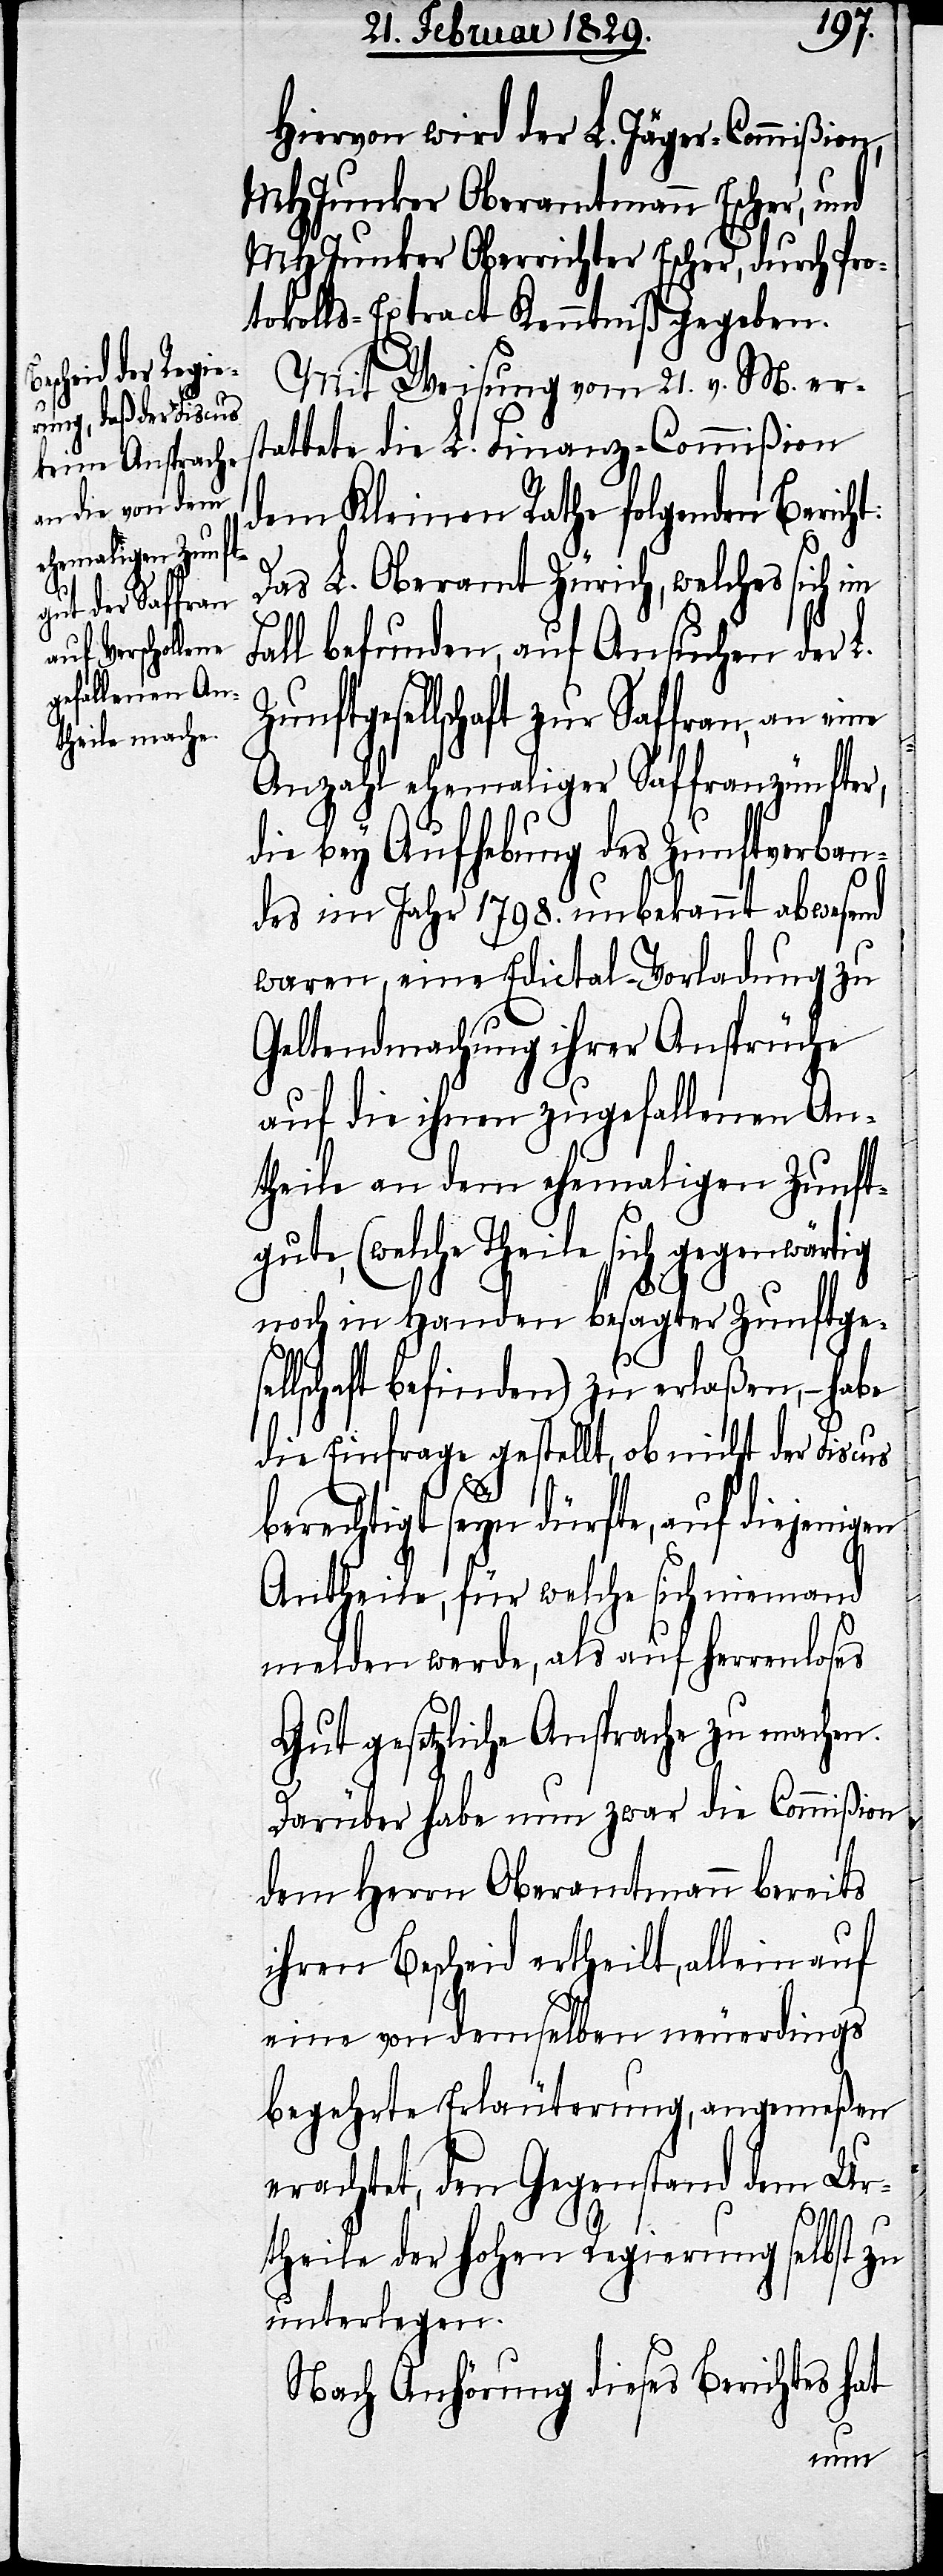
Hiervon wird der L. Jäger-Commißion,
MHJunker Oberamtmann Escher, und
MHJunker Oberrichter Escher, durch Pro¬
tokolls-Extract Kenntniß gegeben.
Mit Weisung vom 21. v. M. er¬
stattete die L. Finanz-Commißion
dem Kleinen Rathe folgenden Bericht:
Das L. Oberamt Zürich, welches sich im
Fall befunden, auf Ansuchen der L.
Zunftgesellschaft zur Saffran, an eine
Anzahl ehemaliger Saffranzünfter,
die bey Aufhebung des Zunftverban¬
des im Jahr 1798. unbekannt abwesend
waren, eine Edictal-Vorladung zu
Geltendmachung ihrer Ansprüche
auf die ihnen zugefallenen An¬
theile an dem ehemaligen Zunft¬
(welche Theile sich gegenwärtig
noch in Handen besagter Zunftgese¬
llschaft befinden) zu erlaßen, – habe
die Einfrage gestellt, ob nicht der Fiscus
berechtigt seyn dürfte, auf diejenigen
Antheile, für welche sich niemand
melden werde, als auf herrenloses
Gut gesetzliche Ansprüche zu machen.
Darüber habe nun zwar die Commißion
dem Herrn Oberamtmann bereits
ihren Bescheid ertheilt, allein auf
eine von demselben neuerdings
begehrte Erläuterung, angemeßen
erachtet, den Gegenstand dem Ur¬
theile der hohen Regierung selbst zu
unterlegen.
Nach Anhörung dieses Berichtes hat
gute,